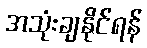
အသုံးချနိုင်ရန်